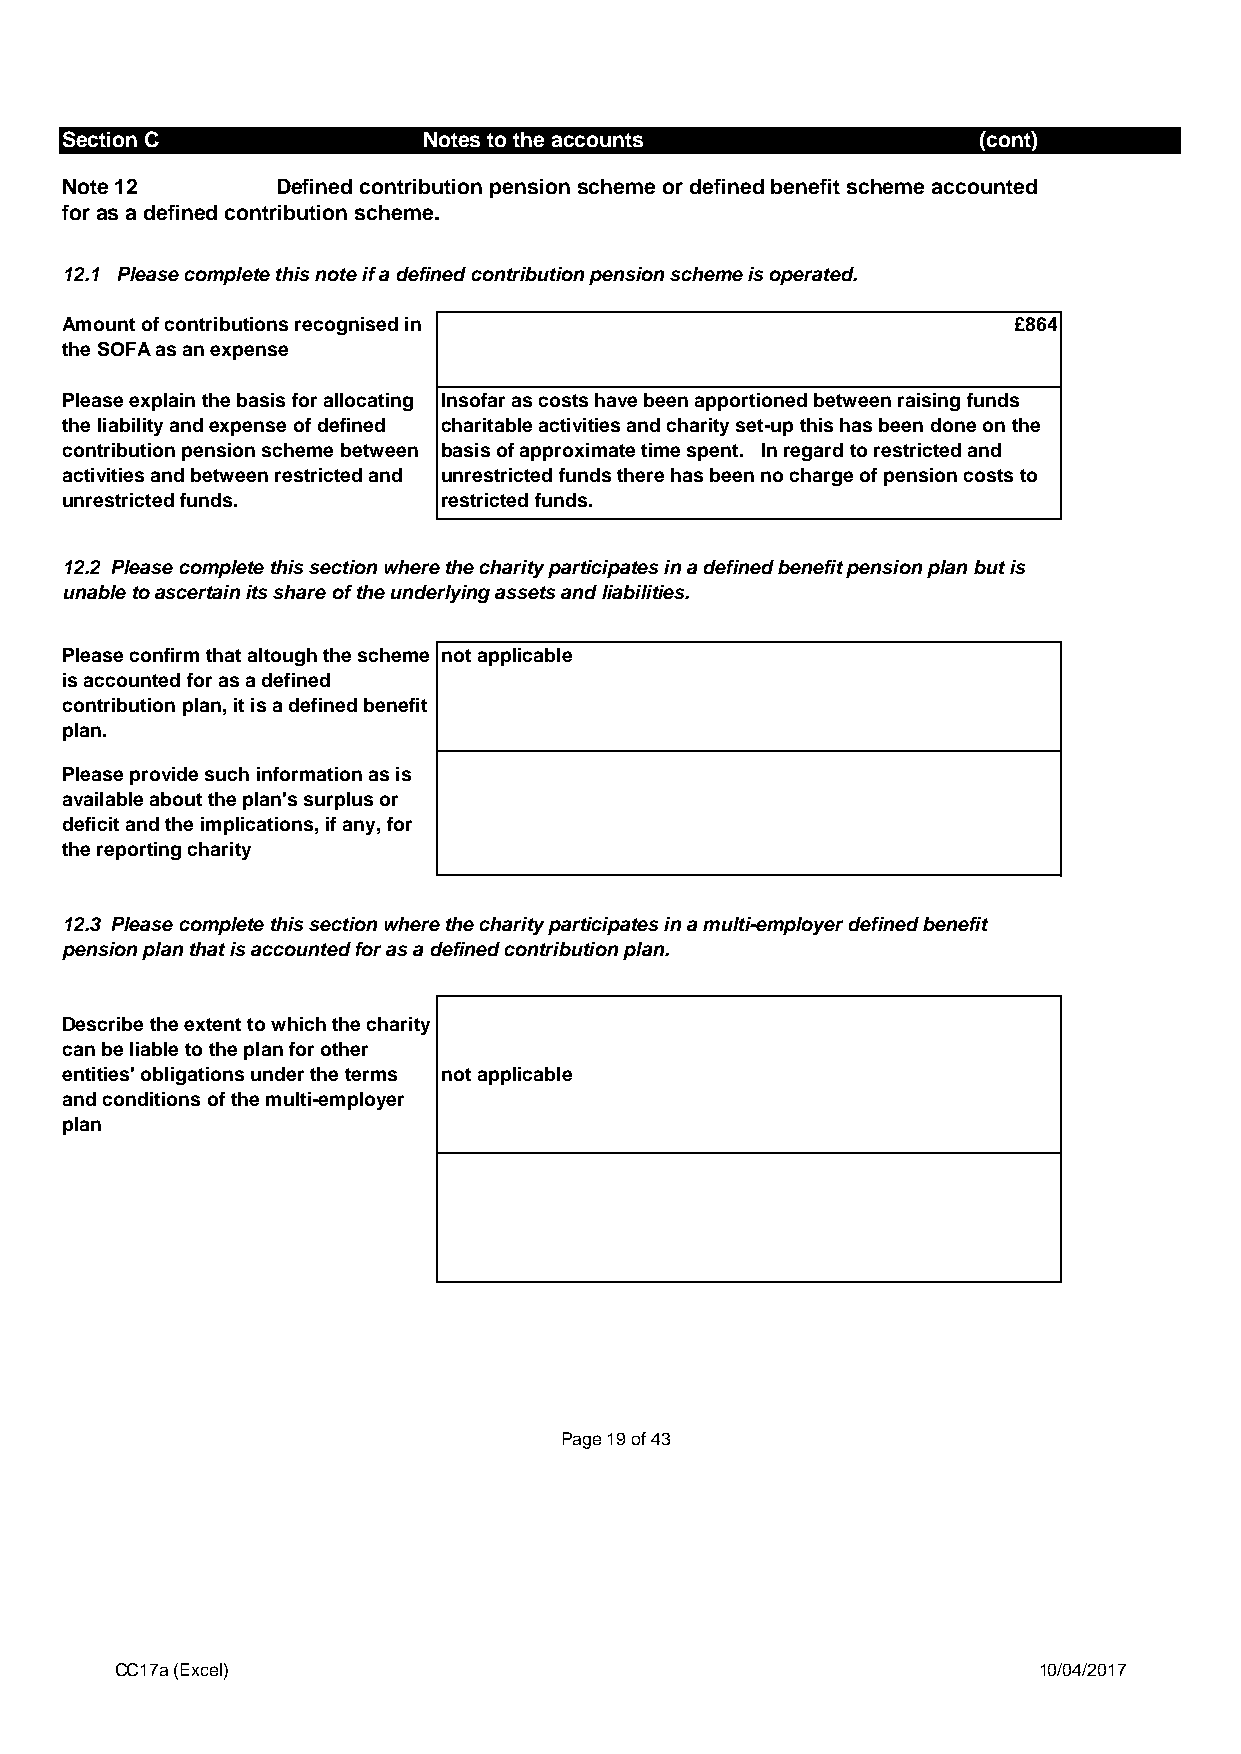
Section C               Notes to the accounts                (cont)
 Note 12       Defined contribution pension scheme or defined benefit scheme accounted
 for as a defined contribution scheme.
 12.1 Please complete this note if a defined contribution pension scheme is operated.
 Amount of contributions recognised in                          £864
 the SOFA as an expense
 Please explain the basis for allocating Insofar as costs have been apportioned between raising funds
 the liability and expense of defined charitable activities and charity set-up this has been done on the
 contribution pension scheme between basis of approximate time spent. In regard to restricted and
 activities and between restricted and unrestricted funds there has been no charge of pension costs to
 unrestricted funds.      restricted funds.
 12.2 Please complete this section where the charity participates in a defined benefit pension plan but is
 unable to ascertain its share of the underlying assets and liabilities.
 Please confirm that altough the scheme not applicable
 is accounted for as a defined
 contribution plan, it is a defined benefit
 plan.
 Please provide such information as is
 available about the plan's surplus or
 deficit and the implications, if any, for
 the reporting charity
 12.3 Please complete this section where the charity participates in a multi-employer defined benefit
 pension plan that is accounted for as a defined contribution plan.
 Describe the extent to which the charity
 can be liable to the plan for other
 entities' obligations under the terms not applicable
 and conditions of the multi-employer
 plan
 Page 19 of 43
 CC17a (Excel)                                                10/04/2017